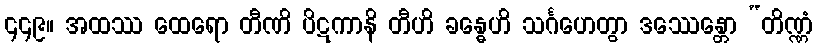
၄၄၉။ အထဿ ထေရော တီဏိ ပိဋကာနိ တီဟိ ခန္ဓေဟိ သင်္ဂဟေတွာ ဒဿေန္တော “တိဏ္ဏံ